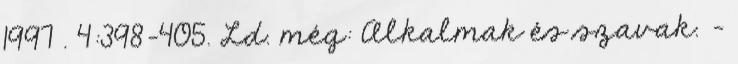
1997 . 4:398-405. Ld. még: Alkalmak és szavak. –